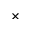
\times